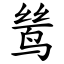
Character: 鸶